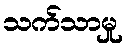
သက်သာမှု